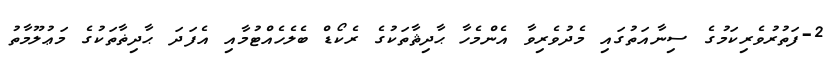
2-ފަތުރުވެރިކަމުގެ ސިނާއަތުގައި މެދުވެރިވާ އެންމެހާ ޙާދިޘާތަކުގެ ރެކޯޑް ބެލެހެއްޓުމާއި އެފަދަ ޙާދިޡާތަކުގެ މަޢުލޫމާތު